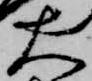
大